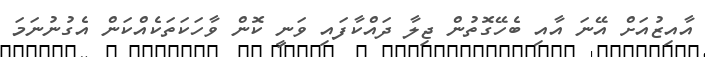
އާއިޒުއަށް އޭނަ އާއި ބެހޭގޮތުން ޖިލާ ދައްކާފައި ވަނީ ކޮން ވާހަކަތަކެއްކަން އެގުނުނަމަ